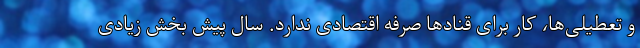
و تعطیلی‌ها، کار برای قنادها صرفه اقتصادی ندارد. سال پیش بخش زیادی